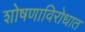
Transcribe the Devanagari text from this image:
शोषणाविरोधात